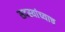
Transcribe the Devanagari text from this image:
सदस्यांच्याच